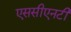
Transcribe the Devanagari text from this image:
एससीएनटी